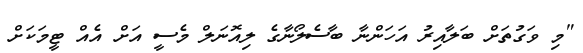
"މި ވަގުތަށް ބަލާއިރު އަހަންނާ ބާސެލޯނާގެ ލިއޮނަލް މެސީ އަށް އެއް ޓީމަކަށް